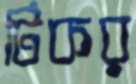
টিকর